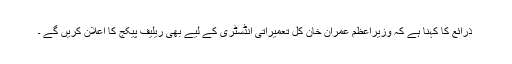
ذرائع کا کہنا ہے کہ وزیراعظم عمران خان کل تعمیراتی انڈسٹری کے لیے بھی ریلیف پیکج کا اعلان کریں گے ۔